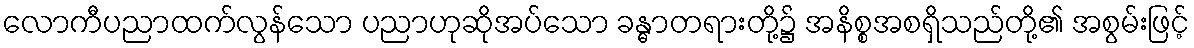
လောကီပညာထက်လွန်သော ပညာဟုဆိုအပ်သော ခန္ဓာတရားတို့၌ အနိစ္စအစရှိသည်တို့၏ အစွမ်းဖြင့်